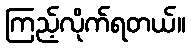
ကြည့်လိုက်ရတယ်။